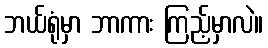
ဘယ်ရုံမှာ ဘာကား ကြည့်မှာလဲ။